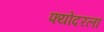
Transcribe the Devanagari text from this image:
फ्योदरला